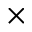
\times